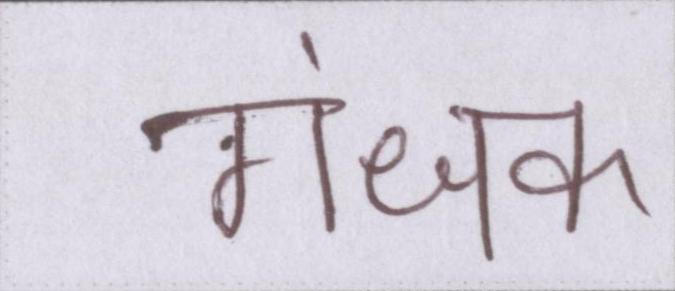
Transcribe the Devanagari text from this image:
गंधक